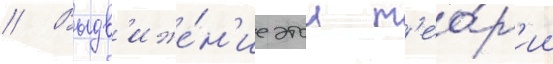
// Выдв'иже́н'ие этои т'ео́р'ии